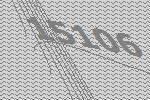
15106